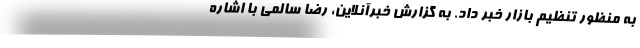
به منظور تنظیم بازار خبر داد. به گزارش خبرآنلاین، رضا سالمی با اشاره